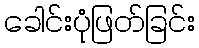
ခေါင်းပုံဖြတ်ခြင်း